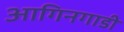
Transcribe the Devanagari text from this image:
आगिनगाडी